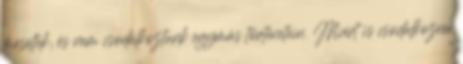
meséltek, és nem csodálkoztunk egymás történetein. Miért is csodálkozna